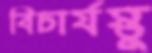
বিচার্যস্তু